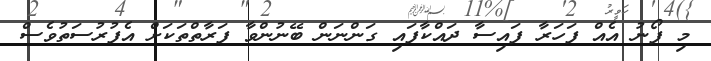
މި ފޯނު އެއް ފަހަރާ ފައިސާ ދައްކާފައި ގަންނަން ބޭނުންވާ ފަރާތްތަކަށް އެފުރުސަތުވެސް